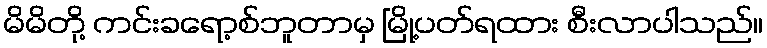
မိမိတို့ ကင်းခရော့စ်ဘူတာမှ မြို့ပတ်ရထား စီးလာပါသည်။